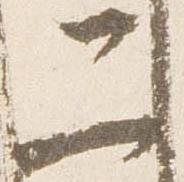
二